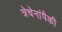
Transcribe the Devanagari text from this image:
त्रेचेनांपैकी